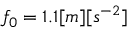
f _ { 0 } = 1 . 1 [ m ] [ s ^ { - 2 } ]